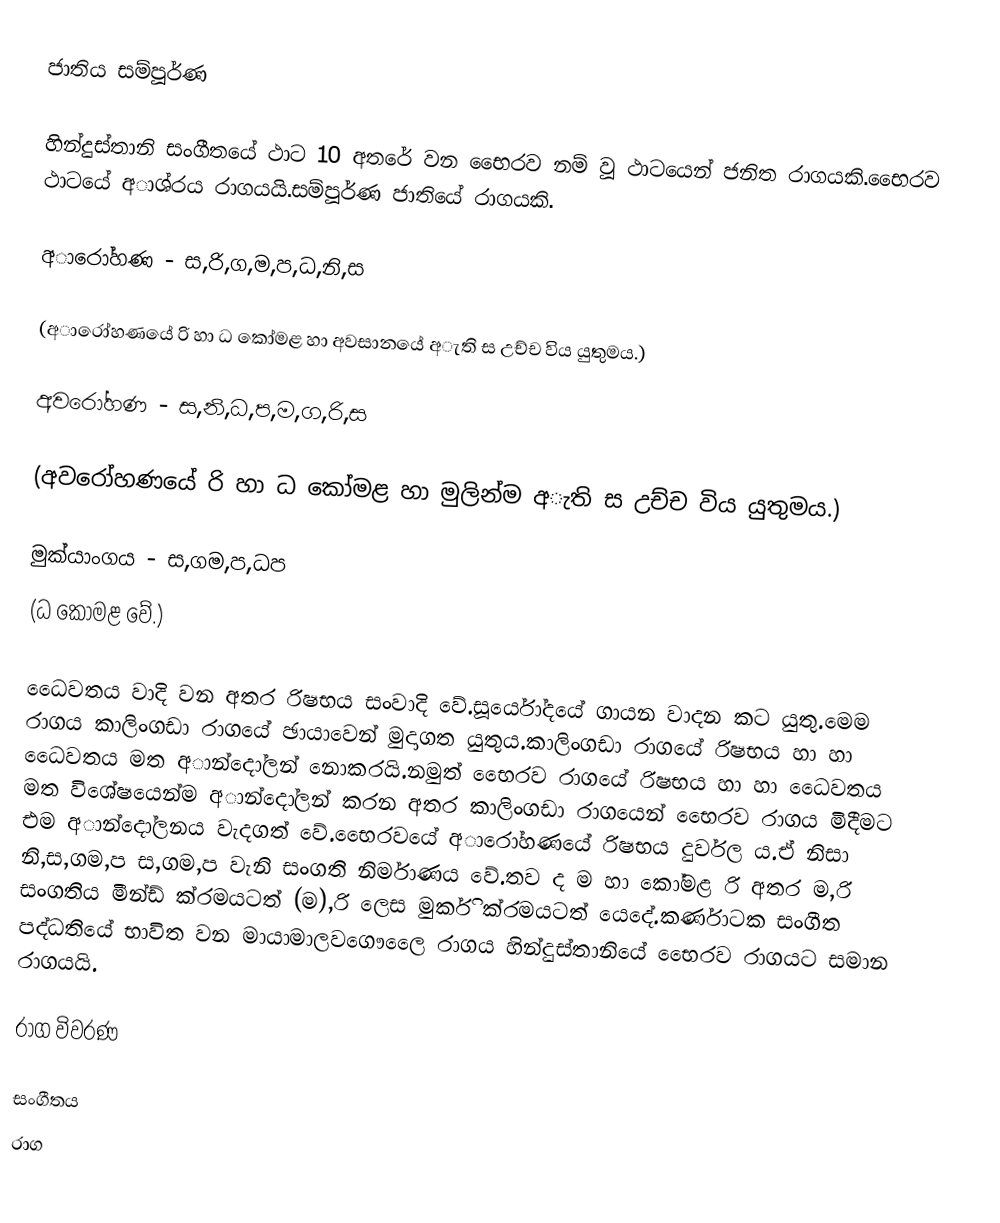
ජාතිය සම්පූර්ණ

හින්දුස්තානි සංගීතයේ ථාට 10 අතරේ වන භෙෙරව නම් වූ ථාටයෙන් ජනිත රාගයකි.භෙෙරව ථාටයේ අාශ්රය රාගයයි.සම්පූර්ණ ජාතියේ රාගයකි.

අාරෝහණ - ස,රි,ග,ම,ප,ධ,නි,ස

(අාරෝහණයේ රි හා ධ කෝමළ හා අවසානයේ අැති ස උච්ච විය යුතුමය.)

අවරෝහණ - ස,නි,ධ,ප,ම,ග,රි,ස

(අවරෝහණයේ රි හා ධ කෝමළ හා මුලින්ම අැති ස උච්ච විය යුතුමය.)

මුක්යාංගය - ස,ගම,ප,ධප
(ධ කෝමළ වේ.)

ධෙෙවතය වාදි වන අතර රිෂභය සංවාදි වේ.සූර්යෝදයේ ගායන වාදන කට යුතු.මෙම රාගය කාලිංගඩා රාගයේ ඡායාවෙන් මුදාගත යුතුය.කාලිංගඩා රාගයේ රිෂභය හා  හා ධෙෙවතය මත අාන්දෝලන් නොකරයි.නමුත් භෙෙරව රාගයේ  රිෂභය හා  හා ධෙෙවතය මත විශේෂයෙන්ම අාන්දෝලන් කරන අතර කාලිංගඩා රාගයෙන් භෙෙරව රාගය මිදීමට එම අාන්දෝලනය වැදගත් වේ.භෙෙරවයේ අාරෝහණයේ රිෂභය දුර්වල ය.ඒ නිසා නි,ස,ගම,ප   ස,ගම,ප  වැනි සංගති නිර්මාණය වේ.තව ද ම  හා  කෝමළ රි අතර ම,රි සංගතිය මීන්ඩ් ක්රමයටත් (ම),රි ලෙස මුර්කි ක්රමයටත් යෙදේ.කර්ණාටක සංගීත පද්ධතියේ භාවිත වන මායාමාලවගෞලෙෙ රාගය හින්දුස්තානියේ භෙෙරව රාගයට සමාන රාගයයි.

රාග විවරණ

සංගීතය
රාග